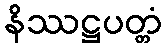
နိဿဋ္ဌပတ္တံ